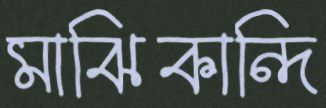
মাঝিকান্দি